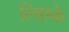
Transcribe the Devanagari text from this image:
लिएके